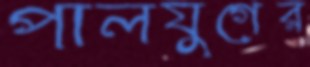
পালযুগের